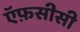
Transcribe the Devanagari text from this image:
ऍफ़सीसी